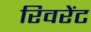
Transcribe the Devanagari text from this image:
रिवरेंट